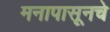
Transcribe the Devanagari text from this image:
मनापासूनचे